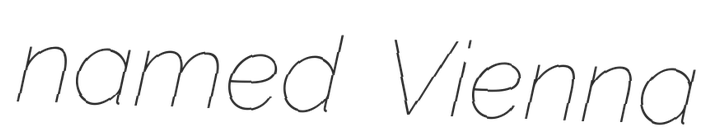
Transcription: named Vienna